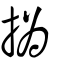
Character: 撝